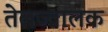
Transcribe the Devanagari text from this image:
तेलज्वालक